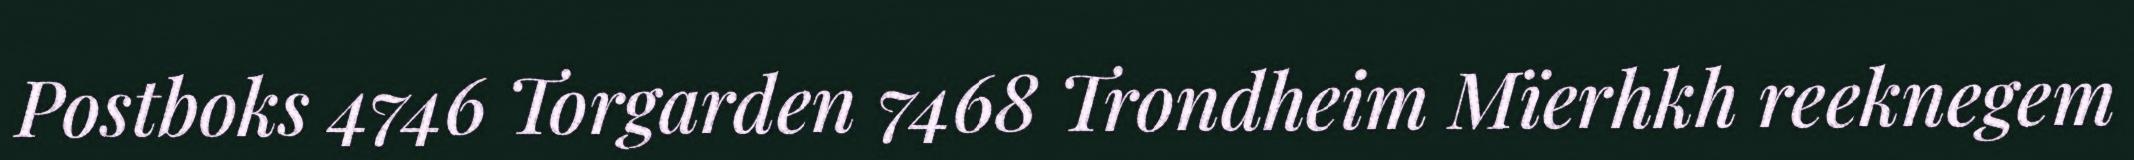
Postboks 4746 Torgarden 7468 Trondheim Mïerhkh reeknegem